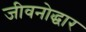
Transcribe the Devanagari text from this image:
जीवनोद्धार